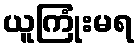
ယူကြုံးမရ